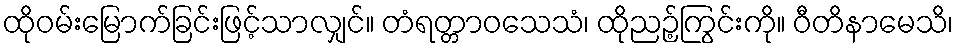
ထိုဝမ်းမြောက်ခြင်းဖြင့်သာလျှင်။ တံရတ္တာဝသေသံ၊ ထိုညဉ့်ကြွင်းကို။ ဝီတိနာမေသိ၊